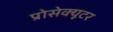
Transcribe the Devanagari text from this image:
प्रोसेक्यूटर